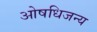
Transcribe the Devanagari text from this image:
ओषधिजन्य